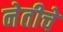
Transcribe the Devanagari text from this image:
नेतीचे